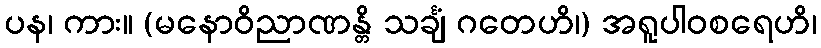
ပန၊ ကား။ (မနောဝိညာဏန္တိ သင်္ချံ ဂတေဟိ၊) အရူပါဝစရေဟိ၊